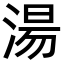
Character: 湯